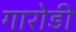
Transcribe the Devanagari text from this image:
गारोडी